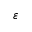
\varepsilon